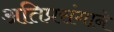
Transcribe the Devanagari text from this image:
अतिप्रसंगाने